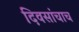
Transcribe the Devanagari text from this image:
दिवसांचाच